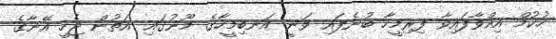
ހުކުމް އިއްވާފައިވާ ފިރިމީހާ ބުނެފައި ވަނީ އަނބިމީހާގެ މޫނުގައި އަތުން ޖެހީ އޭނާގެ